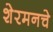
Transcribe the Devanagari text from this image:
शेरमनचे